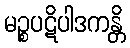
မဉ္စပဋိပါဒကန္တိ